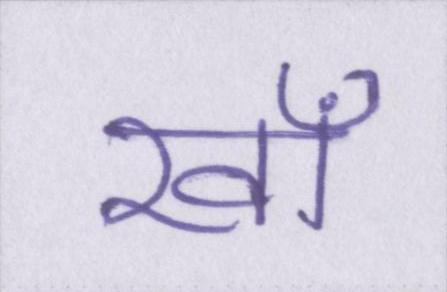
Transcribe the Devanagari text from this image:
खाँ